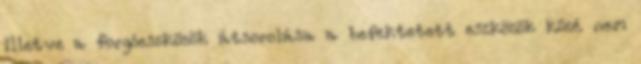
illetve a forgóeszközök átsorolása a befektetett eszközök közé nem